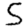
Digit: 5